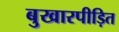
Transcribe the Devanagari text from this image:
बुखारपीड़ित